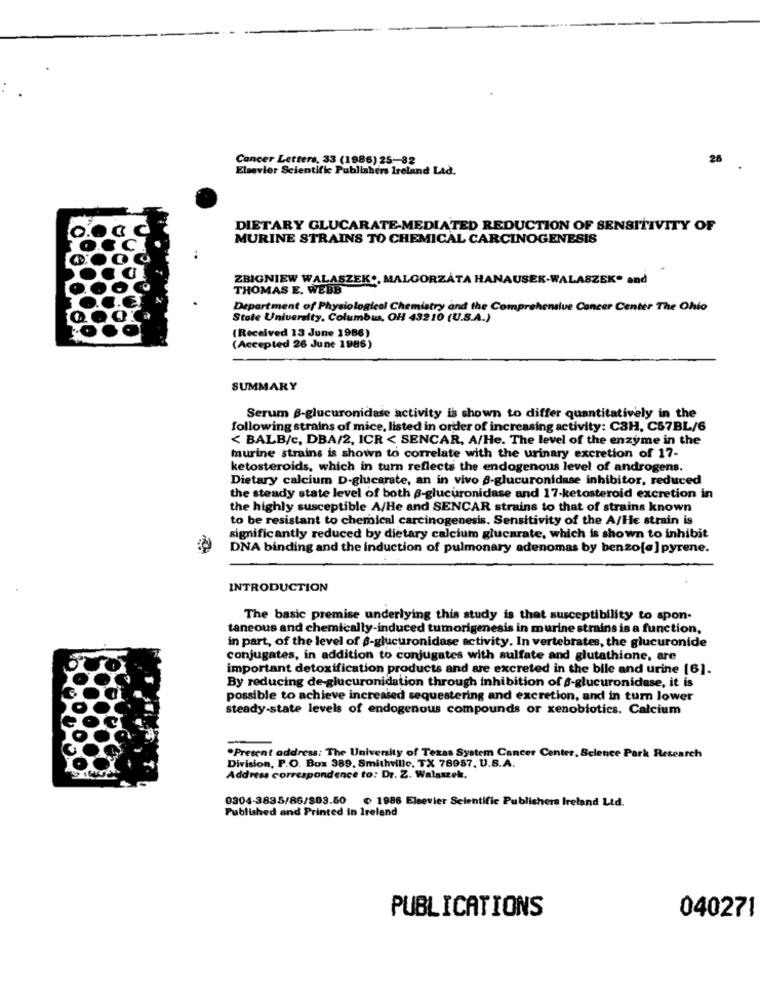
Cancer Letters, 33 (1986) 25-82
28
Elsevier Scientific Publishers Ireland Ltd.
DIETARY GLUCARATE-MEDIATED REDUCTION OF SENSITIVITY OF
MURINE STRAINS TO CHEMICAL CARCINOGENESIS
ZBIGNIEW WALASZEK ., MALGORZATA HANAUSEK-WALASZEK“ and
THOMAS E. WEBB
Department of Physiological Chemistry and the Comprehensive Cancer Center The Ohio
State University, Columbus, OH 43210 (U.S.A.)
(Received 13 June 1986)
(Accepted 26 June 1986)
SUMMARY
Serum B-glucuronidase activity is shown to differ quantitatively in the
following strains of mice, listed in order of increasing activity: C3H, C57BL/6
< BALB/c, DBA/2, ICR < SENCAR, A/He. The level of the enzyme in the
murine strains is shown to correlate with the urinary excretion of 17-
ketosteroids, which in turn reflects the endogenous level of androgens.
Dietary calcium D-glucarate, an in vivo 6-glucuronidase inhibitor, reduced
the steady state level of both -glucuronidase and 17-ketosteroid excretion in
the highly susceptible A/He and SENCAR strains to that of strains known
to be resistant to chemical carcinogenesis. Sensitivity of the A/He strain is
significantly reduced by dietary calcium glucarate, which is shown to inhibit
DNA binding and the induction of pulmonary adenomas by benzo[a] pyrene.
INTRODUCTION
The basic premise underlying this study is that susceptibility to spon-
taneous and chemically-induced tumorigenesis in murine strains is a function,
in part, of the level of $-glucuronidase activity. In vertebrates, the glucuronide
conjugates, in addition to conjugates with sulfate and glutathione, are
important detoxification products and we excreted in the bile and urine [6].
By reducing de-glucuronidation through inhibition of 6-glucuronidase, it is
possible to achieve increased sequestering and excretion, and in turn lower
steady-state levels of endogenous compounds or xenobiotics. Calcium
Present address: The University of Texas System Cancer Center, Science Park Research
Division, P.O. Box 389. Smithville, TX 78957. U.S.A.
Address correspondence to: Dr. Z. Walaszek.
0304-3835/86/803.50 ( 1986 Eleevier Scientific Publishers Ireland Ltd.
Published and Printed in Ireland
PUBLICATIONS
04027